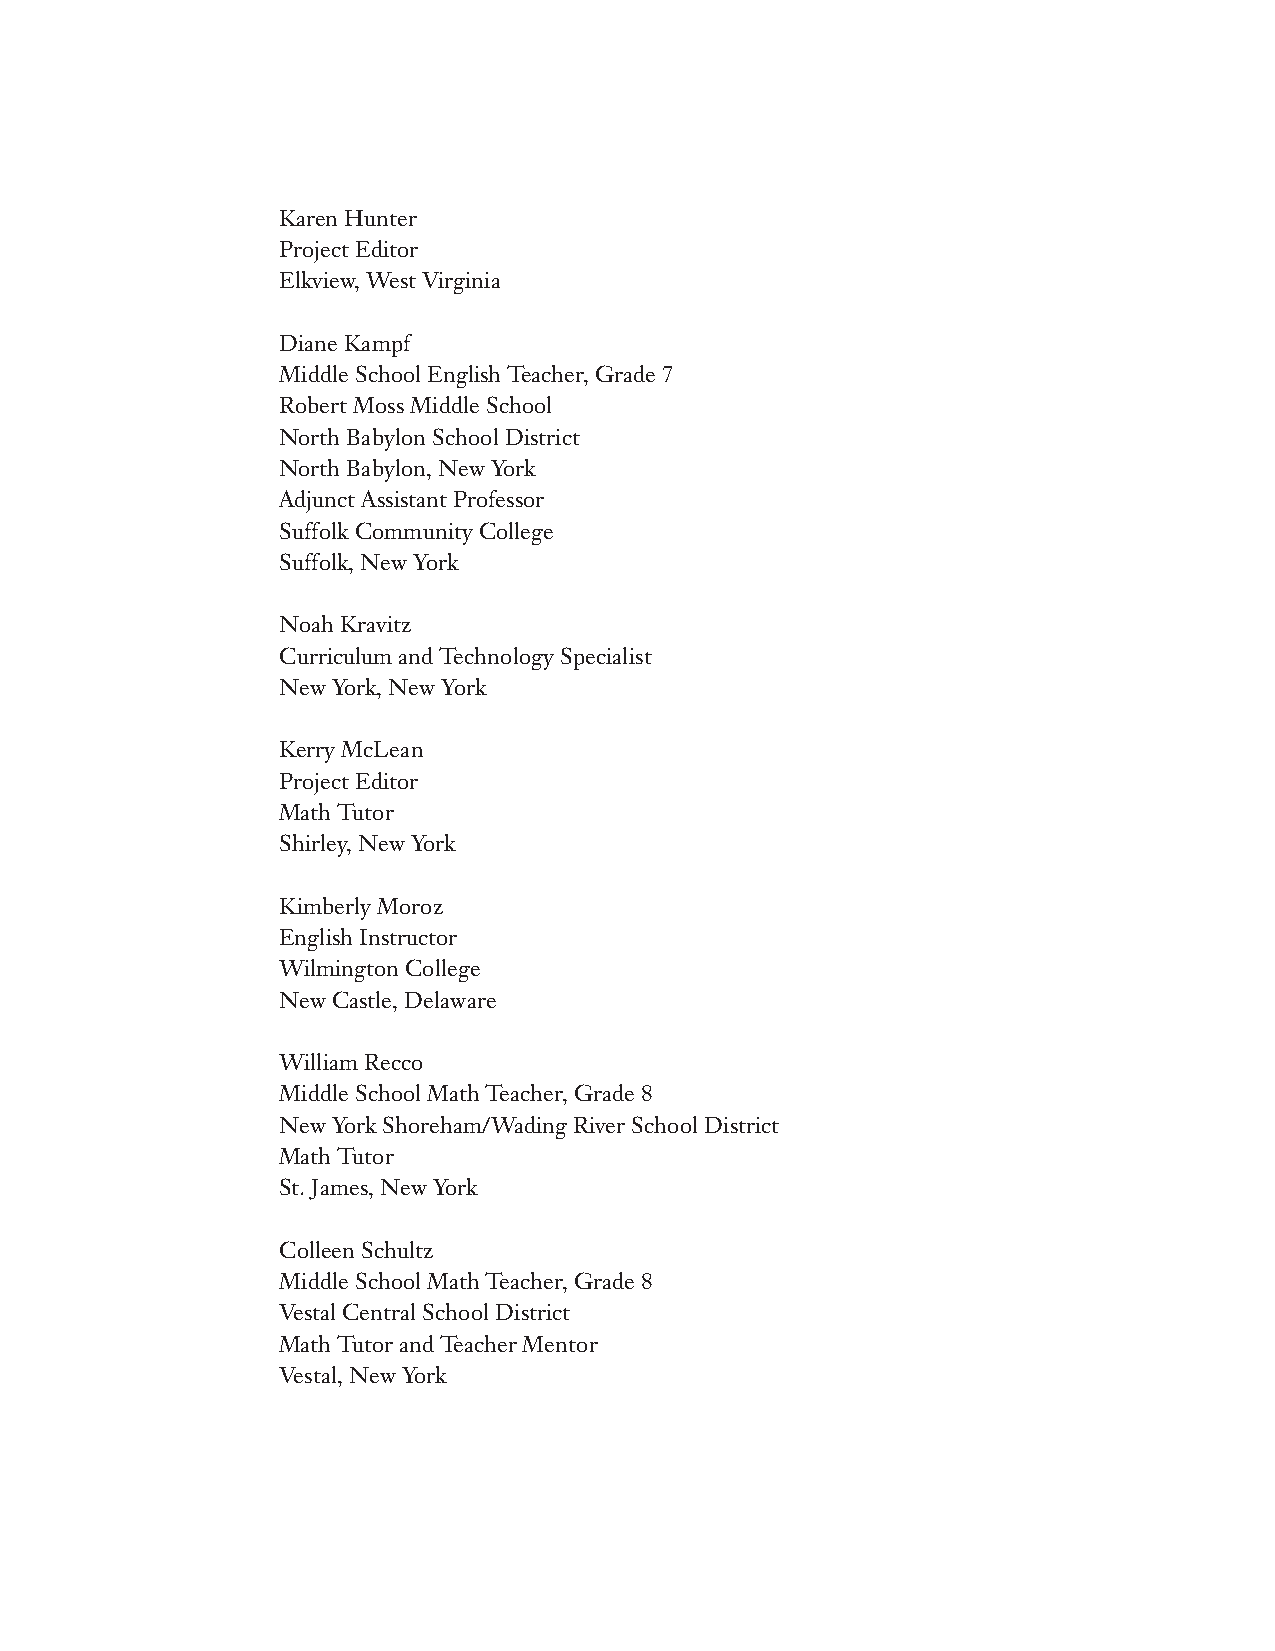
Karen Hunter
 Project Editor
 Elkview, West Virginia
 Diane Kampf
 Middle School English Teacher, Grade 7
 Robert Moss Middle School
 North Babylon School District
 North Babylon, New York
 Adjunct Assistant Professor
 Suffolk Community College
 Suffolk, New York
 Noah Kravitz
 Curriculum and Technology Specialist
 New York, New York
 Kerry McLean
 Project Editor
 Math Tutor
 Shirley, New York
 Kimberly Moroz
 English Instructor
 Wilmington College
 New Castle, Delaware
 William Recco
 Middle School Math Teacher, Grade 8
 New York Shoreham/Wading River School District
 Math Tutor
 St. James, New York
 Colleen Schultz
 Middle School Math Teacher, Grade 8
 Vestal Central School District
 Math Tutor and Teacher Mentor
 Vestal, New York